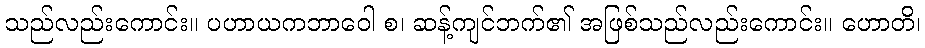
သည်လည်းကောင်း။ ပဟာယကဘာဝေါ စ၊ ဆန့်ကျင်ဘက်၏ အဖြစ်သည်လည်းကောင်း။ ဟောတိ၊